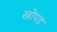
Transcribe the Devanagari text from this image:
खोपड